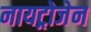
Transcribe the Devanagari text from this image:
नायट्रोजेन